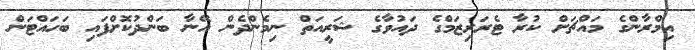
އިމްރާންގެ މައްޗަށް ކުރާ ޓެރަރިޒަމްގެ ދައުވާގެ ޝަރީއަތް ނިމެންދެން އޭނާ ބަންދުކޮށްފައި ބަހައްޓަން